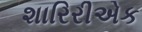
શારિરીએક